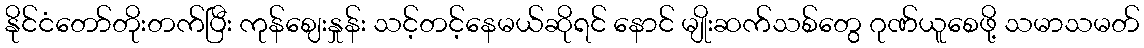
နိုင်ငံတော်တိုးတက်ပြီး ကုန်ဈေးနှုန်း သင့်တင့်နေမယ်ဆိုရင် နောင် မျိုးဆက်သစ်တွေ ဂုဏ်ယူစေဖို့ သမာသမတ်